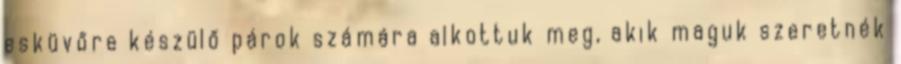
esküvőre készülő párok számára alkottuk meg, akik maguk szeretnék